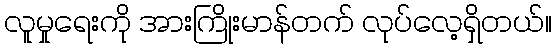
လူမှုရေးကို အားကြိုးမာန်တက် လုပ်လေ့ရှိတယ်။